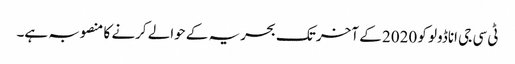
ٹی سی جی اناڈولو کو 2020 کے آخر تک بحریہ کے حوالے کرنے کا منصوبہ ہے۔